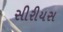
સીરીયસ